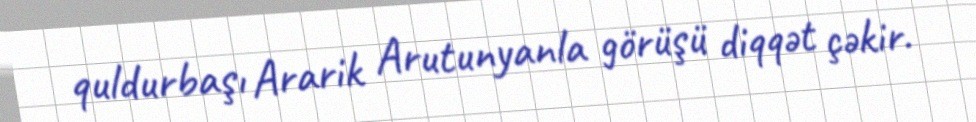
quldurbaşı Ararik Arutunyanla görüşü diqqət çəkir.